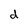
Character: d